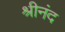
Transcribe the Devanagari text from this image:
श्रीनंद